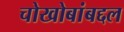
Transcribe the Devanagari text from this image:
चोखोबांबद्दल